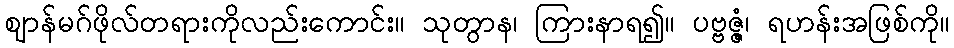
ဈာန်မဂ်ဖိုလ်တရားကိုလည်းကောင်း။ သုတွာန၊ ကြားနာရ၍။ ပဗ္ဗဇ္ဇံ၊ ရဟန်းအဖြစ်ကို။